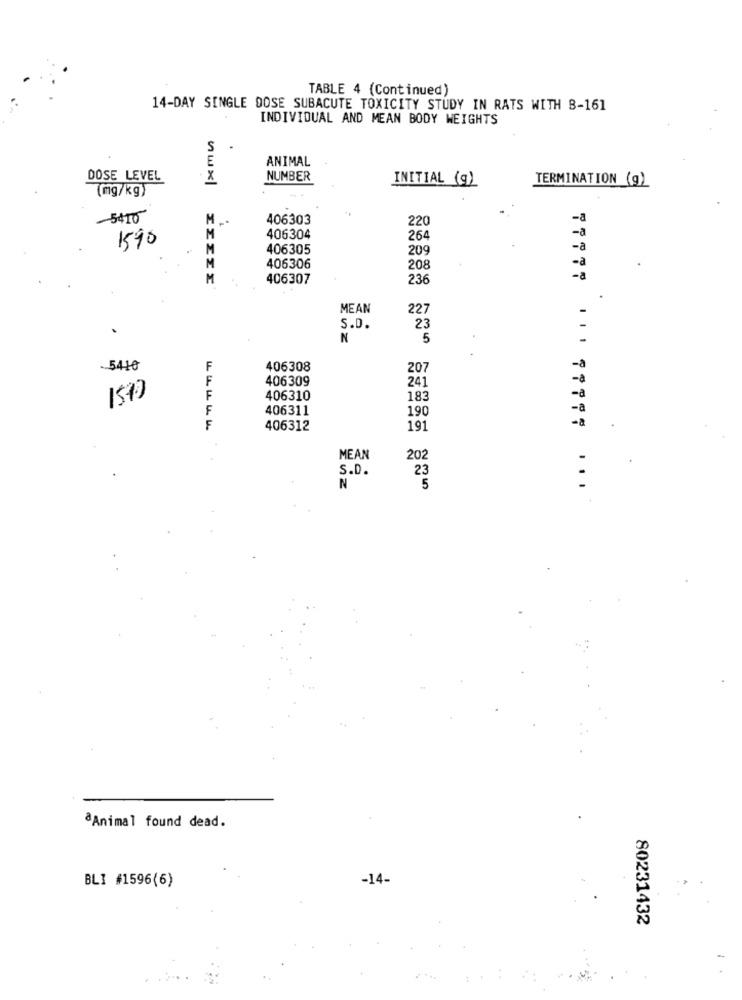
TABLE 4 (Continued)
14-DAY SINGLE DOSE SUBACUTE TOXICITY STUDY IN RATS WITH 8-161
INDIVIDUAL AND MEAN BODY WEIGHTS
ANIMAL
DOSE LEVEL
NUMBER
INITIAL (g)
(mg/kg)
TERMINATION (9)
-5410
M ..
406303
220
M
-a
1590
406304
264
406305
209
-a
406306
208
406307
236
MEAN
227
S.D.
23
N
5
-5410
F
406308
207
F
406309
245
1590
F
406310
183
F
406311
19
406312
191
MEAN
20
S.D.
23
N
5
8Animal found dead.
BLI #1596(6)
-14-
80231432